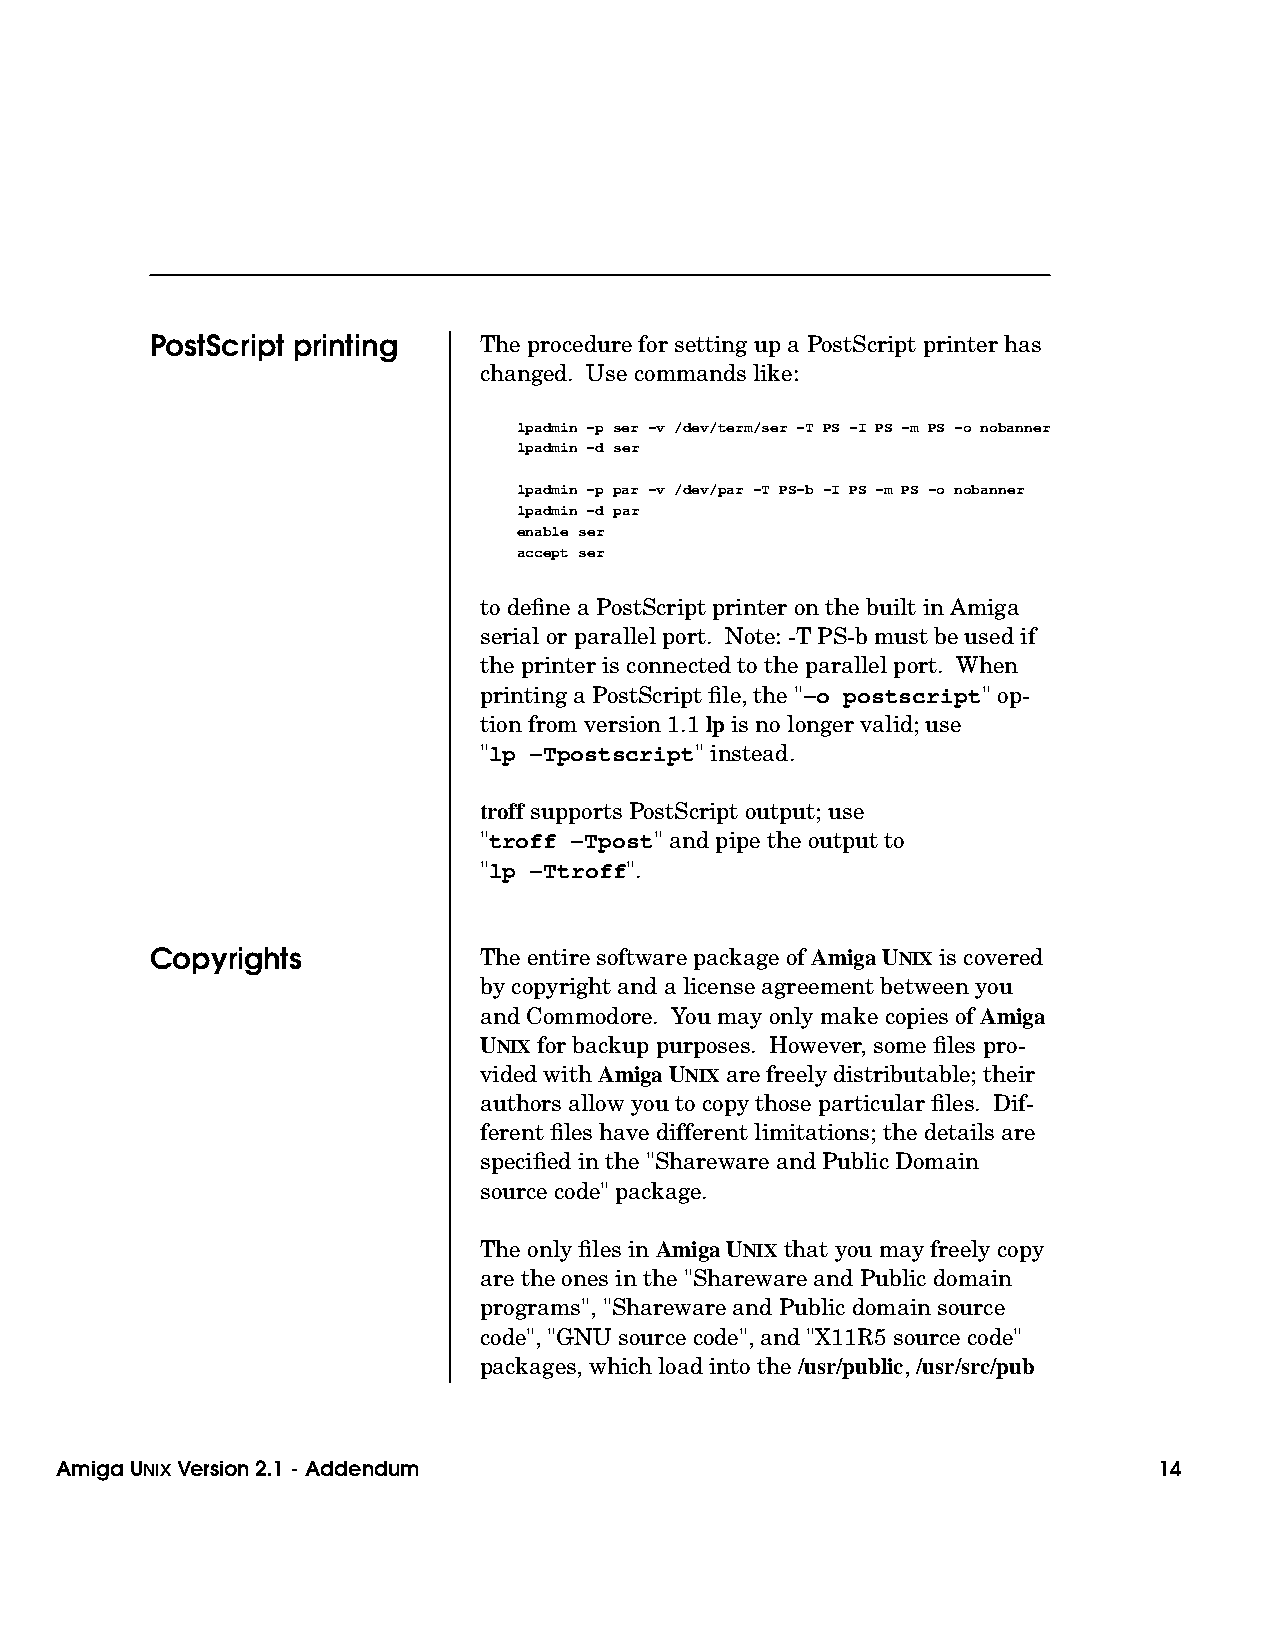
PostScript printing   The procedure for setting up a PostScript printer has
 changed. Use commands like:
 lpadmin -p ser -v /dev/term/ser -T PS -I PS -m PS -o nobanner
 lpadmin -d ser
 lpadmin -p par -v /dev/par -T PS-b -I PS -m PS -o nobanner
 lpadmin -d par
 enable ser
 accept ser
 to define a PostScript printer on the built in Amiga
 serial or parallel port. Note: -T PS-b must be used if
 the printer is connected to the parallel port. When
 printing a PostScript file, the "−o postscript" op-
 tion from version 1.1 lp is no longer valid; use
 "lp −Tpostscript" instead.
 troff supports PostScript output; use
 "troff −Tpost" and pipe the output to
 "lp −Ttroff".
 Copyrights            The entire software package of Amiga UNIX is covered
 by copyright and a license agreement between you
 and Commodore. You may only make copies of Amiga
 UNIX for backup purposes. However, some files pro-
 vided with Amiga UNIX are freely distributable; their
 authors allow you to copy those particular files. Dif-
 ferent files have different limitations; the details are
 specified in the "Shareware and Public Domain
 source code" package.
 The only files in Amiga UNIX that you may freely copy
 are the ones in the "Shareware and Public domain
 programs", "Shareware and Public domain source
 code", "GNU source code", and "X11R5 source code"
 packages, which load into the /usr/public, /usr/src/pub
 Amiga UNIXVersion 2.1 - Addendum                                         14